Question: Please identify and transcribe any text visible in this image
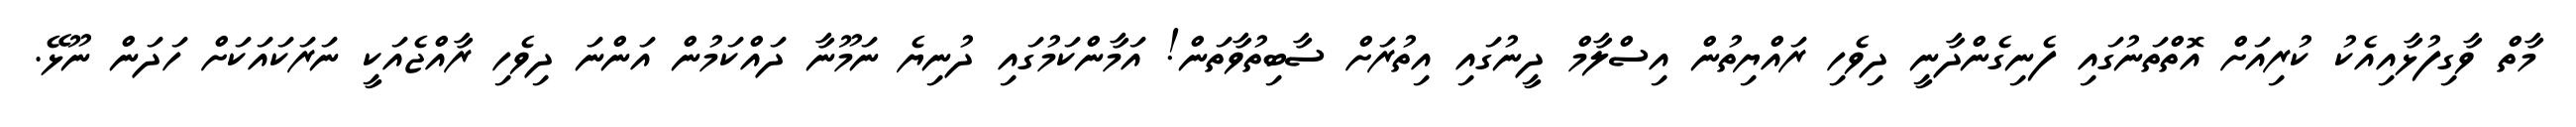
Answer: މާތް ވާގިފުޅާއިއެކު ކުރިއަށް އޮތްތަނުގައި ފެނިގެންދާނީ ދިވެހި ރައްޔިތުން އިސްލާމް ދީނުގައި އިތުރަށް ސާބިތުވާތަން! އަމާންކަމުގައި ދުނިޔެ ނަމޫނާ ދައްކަމުން އަންނަ ދިވެހި ރާއްޖެއަކީ ނަރަކައަކަށް ހަދަން ނޫޅޭ.